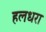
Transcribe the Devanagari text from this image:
हलधरा